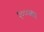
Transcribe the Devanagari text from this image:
२००७वा